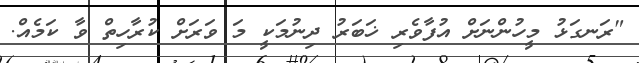
"ރަނގަޅު މީހުންނަށް އުފާވެރި ޚަބަރު ދިނުމަކީ މަ ވަރަށް ކުރާހިތް ވާ ކަމެއް.